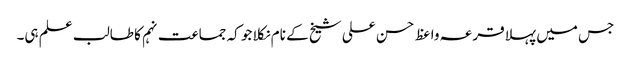
جس میں پہلا قرعہ واعظ حسن علی شیخ کے نام نکلا جو کہ جماعت نہم کا طالب علم ہی۔